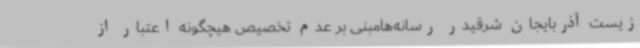
زیست آذربایجان شرقیدر رسانه‌هامبنی بر عدم تخصیص هیچگونه اعتبار از